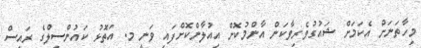
މިހާތަނަށް އެކަމަށް ޝައުގުވެރިވާކަން އާންމުކޮށް އިއުލާންކޮށްފައި ވަނީ މ. އަތޮޅު ކައުންސިލްގެ ރައީސް